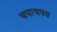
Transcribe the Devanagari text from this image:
चपाचपय